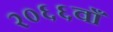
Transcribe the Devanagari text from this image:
२०६६वाँ